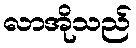
လာအိုသည်